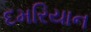
દમરિયાન